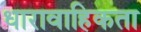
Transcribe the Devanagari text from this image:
धारावाहिकता